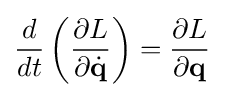
{\frac {d}{dt}}\left({\frac {\partial L}{\partial {\dot {\mathbf {q} }}}}\right)={\frac {\partial L}{\partial \mathbf {q} }}~